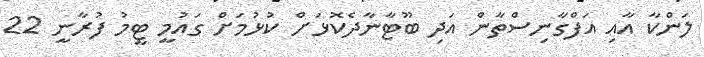
ލަންކާ އާއި އަފްގާނިސްތާން އަދި ބޫޓާނާދެކޮޅަށް ކުޅުމަށް ގައުމީ ޓީމު ފުރާނީ 22